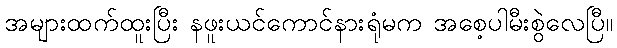
အများထက်ထူးပြီး နဖူးယင်ကောင်နားရုံမက အစေ့ပါမီးစွဲလေပြီ။